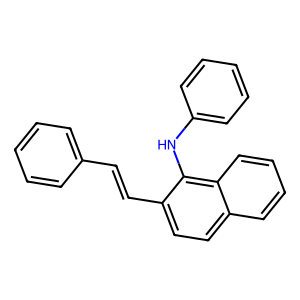
SMILES: C(=Cc1ccc2ccccc2c1Nc1ccccc1)c1ccccc1
Inhibits HIV replication: No